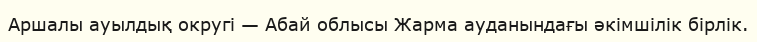
Аршалы ауылдық округі — Абай облысы Жарма ауданындағы әкімшілік бірлік.